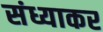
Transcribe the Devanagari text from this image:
संध्याकर